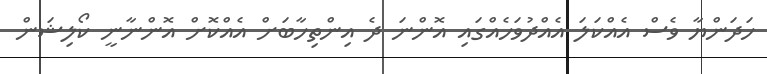
ހަދަންޔާ ވެސް އެއްކަލަ އެއްދުވަހެއްގައި އޮންނަ ދެ އިންތިހާބަށް އެއްކޮށް އޮންނާނީ ކޯލިޝަން